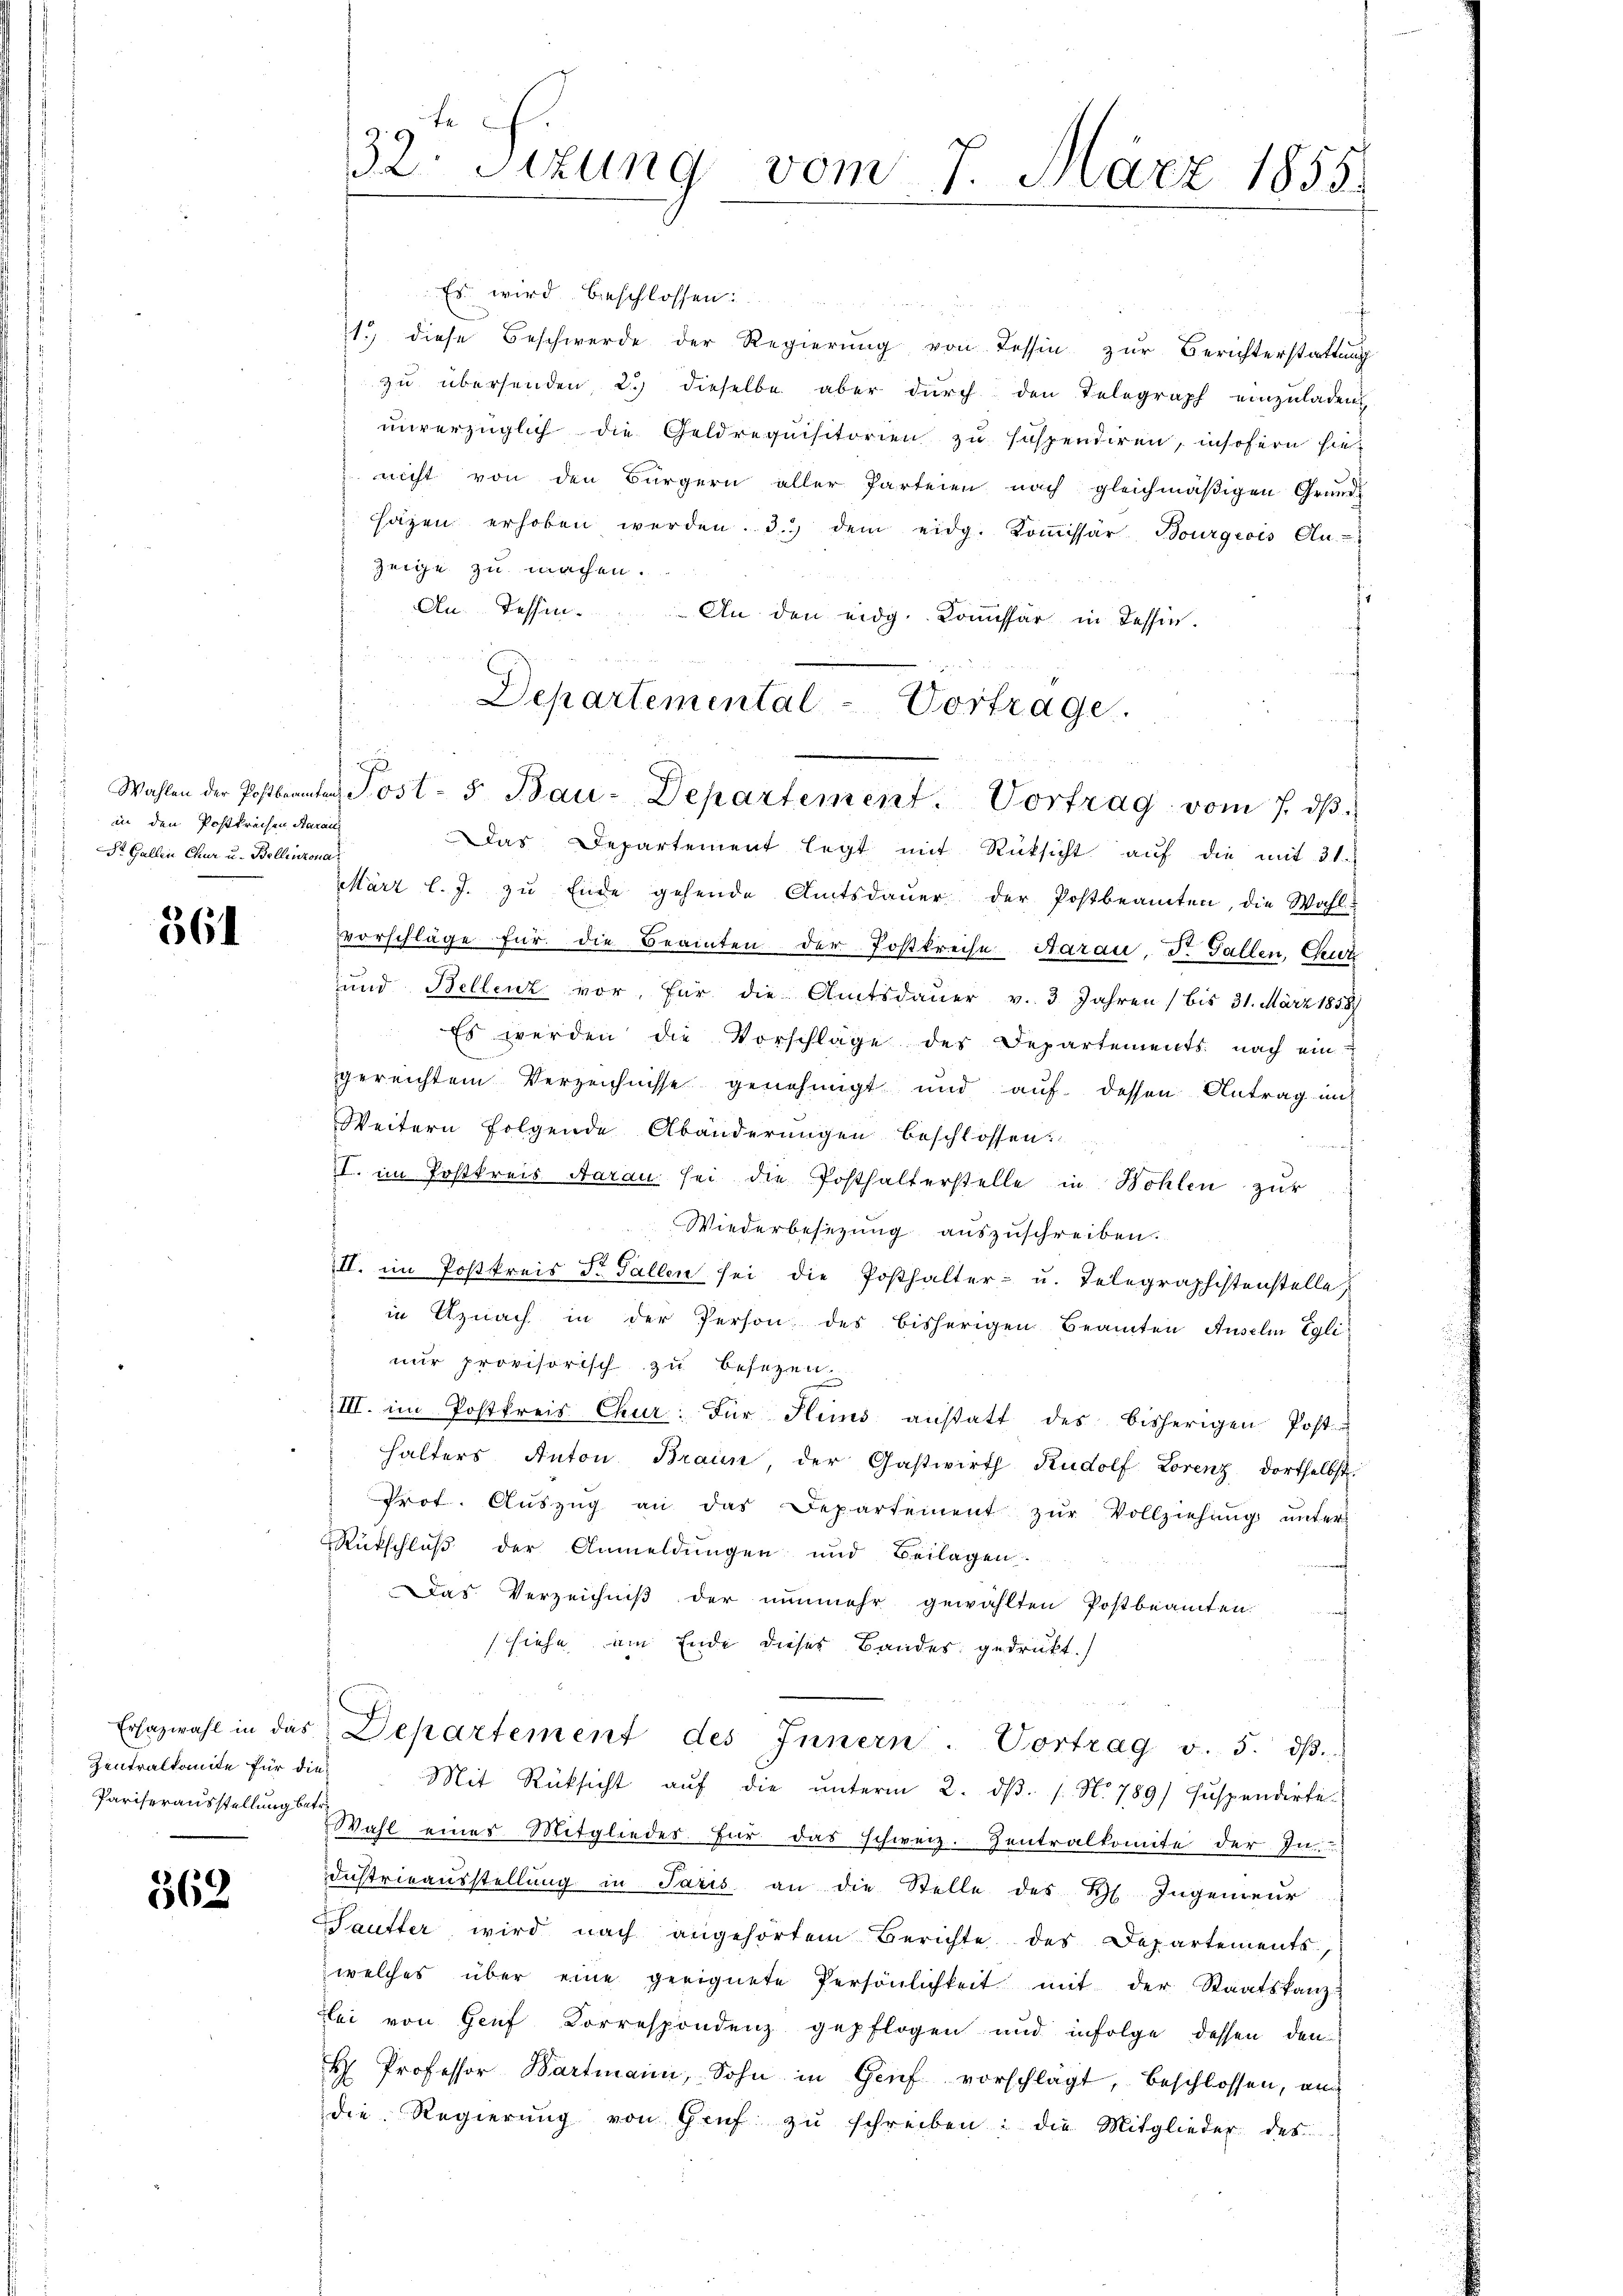
in den Postprechen Aarau
St. Gallen Chur u. Bellinzona

361

Zentralkomite für die¬
Pariserausstellung betr.

362.

32. Sizung vom 7. März 1855.

Es wird beschlossen
1.) diese Beschwerde der Regierung von Tessin zur Berichterstattung
zu übersenden 2. dieselbe aber durch den Telegraph einzuladen
unverzüglich die Geldrequisitorien zu suspendiren, insofern hienicht von den Bürgern aller Parteien nach gleichmäßigen Grund-
säzen erhoben werden. 3.) dem eidg. Koṁissär Bourgeois Clu
zeige zu machen.
An dessen. An den eidg. Kommissär in dessen.
Das Departement legt mit Rücksicht auf die mit 21.
März l. J. zu Ende gehende Amtsdaŭer der Postbeamten, die Wahl-
vvorschläge für die Beamten der Postkreise Aarau, Dr. Gallen, Geor
und Bellenz vor, für die Amtsdauer v. 3 Jahren (bis 31. März 1858/
Es werden die Vorschläge des Departements nach ein-
gereichtem Verzeichnisse genehmigt und auf dessen Antrag in
Weitern folgende Abänderungen beschlossen:
f
I. im Postkreis Aarau sei die Posthalterstelle in Wohlen zur
Wiederbesezung auszuschreiben.
III. im Postkreis Dr. Gallen sei die Posthalter- u. Telegraphistenstelle,
in Uznach in der Person des bisherigen Beamten Anselm Egli
nur provisorisch zu besezen.
III. im Postkreis Chur: Für Huns anstatt des bisherigen Post-
halters Anton Braun, der Gastwirth Rudolf Lorenz dortselbst.
Prot. Aŭszŭg an das Departement zŭr Vollziehŭng ŭnter
Rückschluß der Anmeldungen und Beilagen.
Das Verzeichniß der nunmehr gewählten Postbeamten.
siehe am Ende dieses Bandes gedrückt.)
Ersazwahl in das Departement des Innern. Vortrag v. 5. dβ.
Mit Rücksicht aŭf die ŭnterm 2. dβ. 1. No 789/ suspendirte
Wahl einer Mitgliedes für das schweiz. Zentralkomite der In-
dŭstriraŭsstellŭng in Paris an die Stelle des Hl. Ingenieŭr
Sautter wird nach angehörtem Berichte des Departements,
welches über eine geeignete Persönlichkeit mit der Staatskanz-
lei von Genf Correspondenz gepflogen und infolge dessen den
H Professor Bartmann, Sohn in Genf vorschlägt, beschlossen, an
die Regierŭng von Grŭf zŭ schreiben: die Mitglieder des

Departemental-Vortrage.
Wahlen der Postbeamten Post- 5. Bau-Departement. Vortrag vom 7. dβ